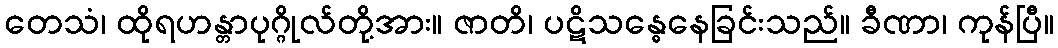
တေသံ၊ ထိုရဟန္တာပုဂ္ဂိုလ်တို့အား။ ဇာတိ၊ ပဋိသန္ဓေနေခြင်းသည်။ ခီဏာ၊ ကုန်ပြီ။